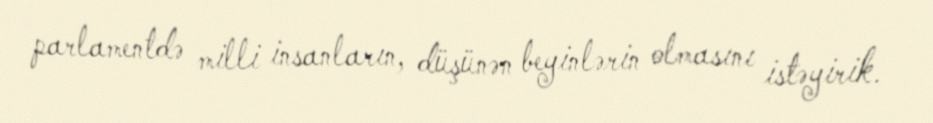
parlamentdə milli insanların, düşünən beyinlərin olmasını istəyirik.